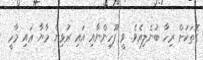
ގޮތަކަށް ރިހާ ބުނެލިއެވެ. ވީ ފޫހިންނާއި އައި ރުޅިން މާޔާ ޢައި މާހީ